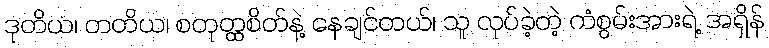
ဒုတိယ၊ တတိယ၊ စတုတ္ထစိတ်နဲ့ နေချင်တယ်၊ သူ လုပ်ခဲ့တဲ့ ကံစွမ်းအားရဲ့ အရှိန်